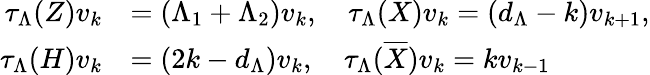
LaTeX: \begin{array}{rl}{\tau_{\Lambda}(Z)v_{k}}&{=(\Lambda_{1}+\Lambda_{2})v_{k},\quad\tau_{\Lambda}(X)v_{k}=(d_{\Lambda}-k)v_{k+1},}\\ {\tau_{\Lambda}(H)v_{k}}&{=(2k-d_{\Lambda})v_{k},\quad\tau_{\Lambda}(\overline{{X}})v_{k}=kv_{k-1}}\end{array}